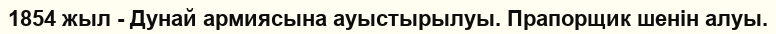
1854 жыл - Дунай армиясына ауыстырылуы. Прапорщик шенін алуы.